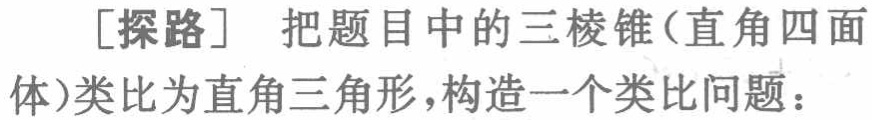
[探路] 把题目中的三棱锥(直角四面体)类比为直角三角形，构造一个类比问题：